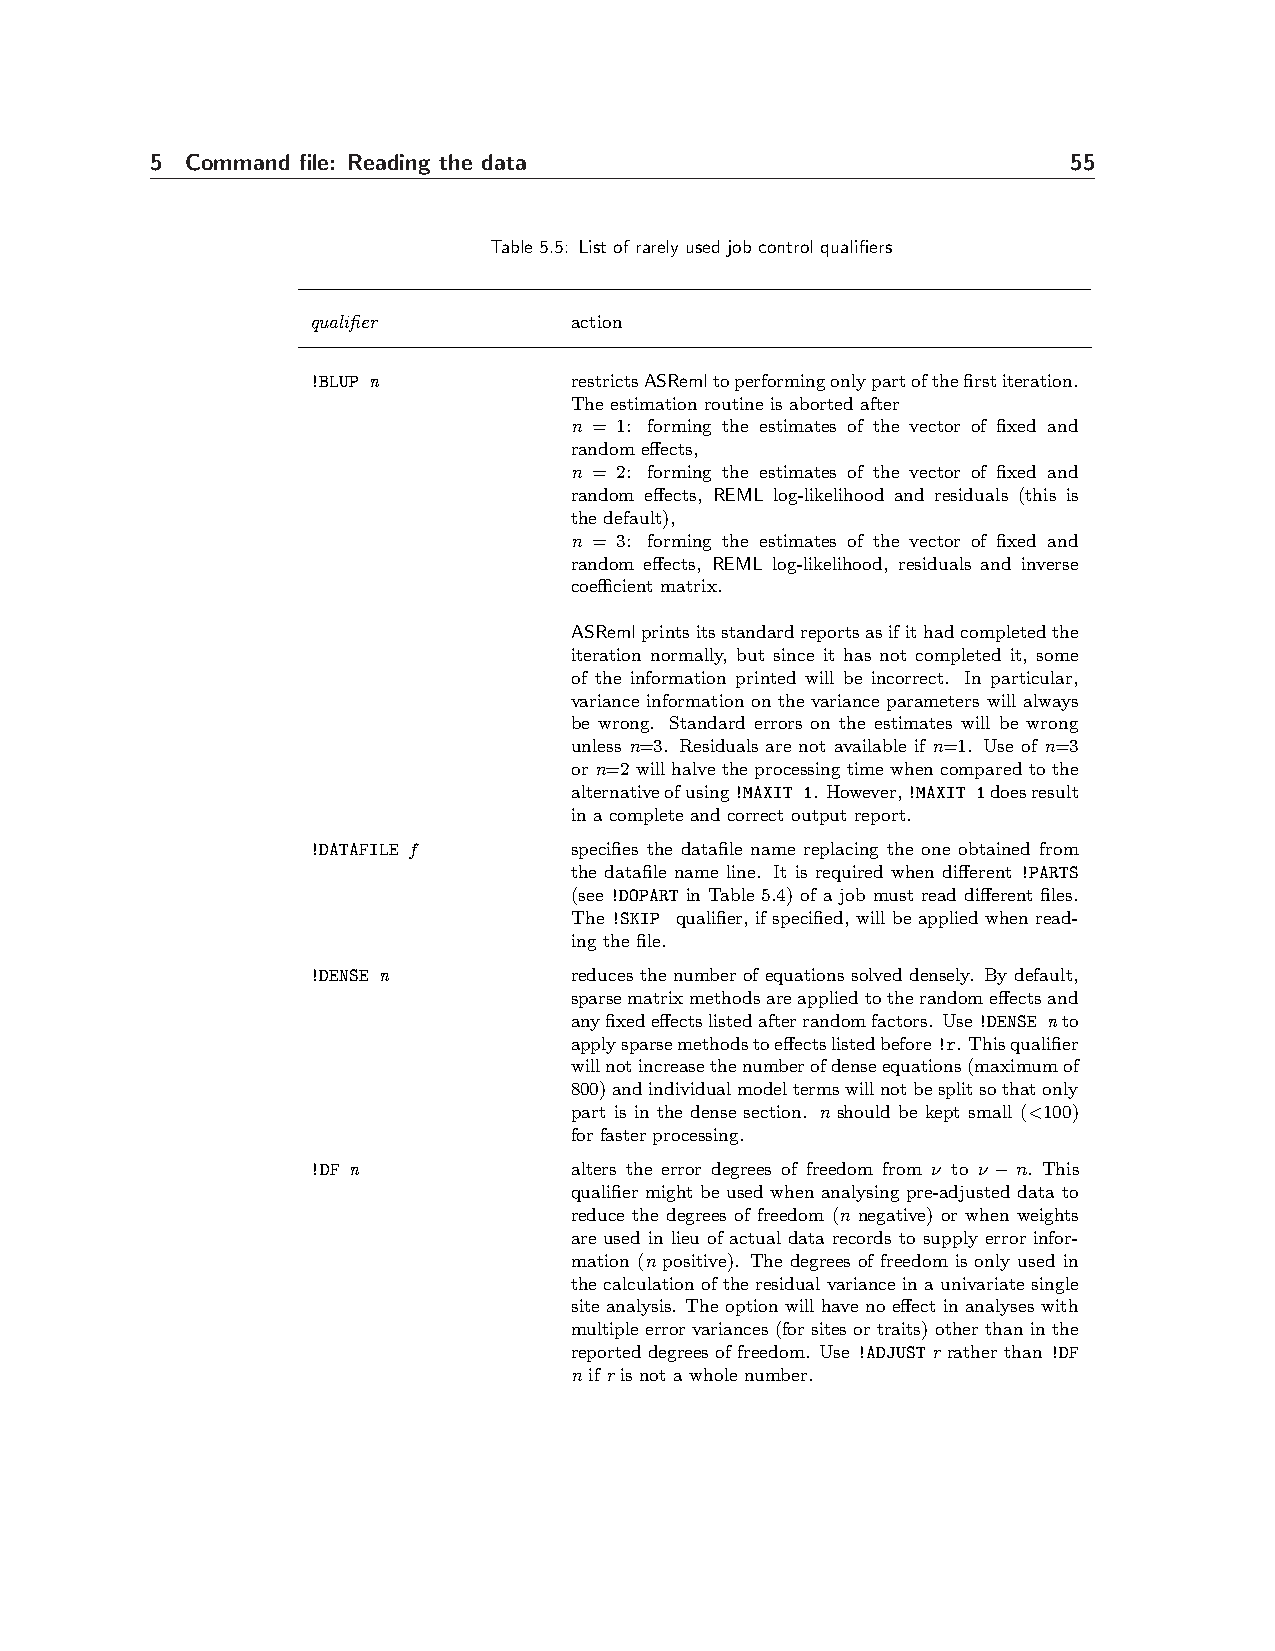
5 Command file: Reading the data                             55
 Table 5.5: List of rarely used job control qualifiers
 qualifier        action
 !BLUP n          restrictsASRemltoperformingonlypartofthefirstiteration.
 The estimation routine is aborted after
 n = 1: forming the estimates of the vector of fixed and
 random effects,
 n = 2: forming the estimates of the vector of fixed and
 random effects, REML log-likelihood and residuals (this is
 the default),
 n = 3: forming the estimates of the vector of fixed and
 random effects, REML log-likelihood, residuals and inverse
 coefficient matrix.
 ASRemlprintsitsstandardreportsasifithadcompletedthe
 iteration normally, but since it has not completed it, some
 of the information printed will be incorrect. In particular,
 variance information on the variance parameters will always
 be wrong. Standard errors on the estimates will be wrong
 unless n=3. Residuals are not available if n=1. Use of n=3
 or n=2 will halve the processing time when compared to the
 alternativeofusing!MAXIT 1. However,!MAXIT 1doesresult
 in a complete and correct output report.
 !DATAFILE f      specifies the datafile name replacing the one obtained from
 the datafile name line. It is required when different !PARTS
 (see !DOPART in Table 5.4) of a job must read different files.
 The !SKIP qualifier, if specified, will be applied when read-
 ing the file.
 !DENSE n         reduces the number of equations solved densely. By default,
 sparsematrixmethodsareappliedtotherandomeffectsand
 anyfixedeffectslistedafterrandomfactors. Use!DENSE nto
 applysparsemethodstoeffectslistedbefore!r. Thisqualifier
 willnotincreasethenumberofdenseequations(maximumof
 800)andindividualmodeltermswillnotbesplitsothatonly
 part is in the dense section. n should be kept small (<100)
 for faster processing.
 !DF n            alters the error degrees of freedom from ν to ν −n. This
 qualifier might be used when analysing pre-adjusted data to
 reduce the degrees of freedom (n negative) or when weights
 are used in lieu of actual data records to supply error infor-
 mation (n positive). The degrees of freedom is only used in
 the calculation of the residual variance in a univariate single
 site analysis. The option will have no effect in analyses with
 multipleerrorvariances(forsitesortraits)otherthaninthe
 reported degrees of freedom. Use !ADJUST r rather than !DF
 n if r is not a whole number.